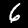
Label: 6